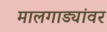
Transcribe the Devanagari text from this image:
मालगाड्यांवर